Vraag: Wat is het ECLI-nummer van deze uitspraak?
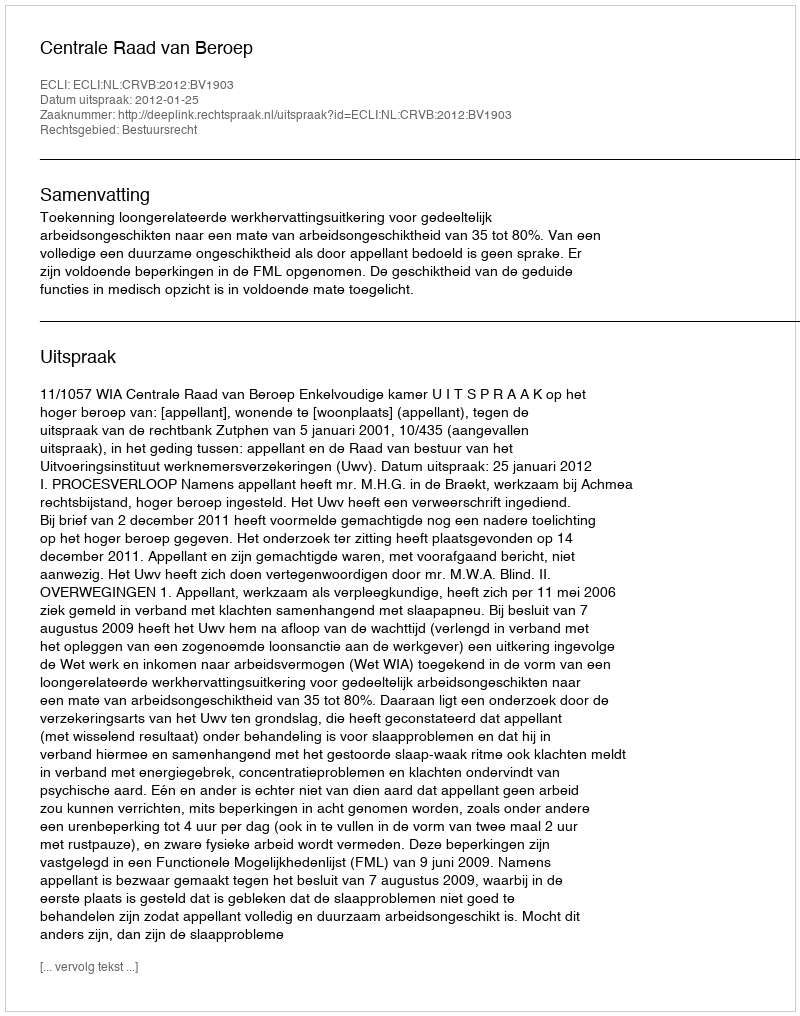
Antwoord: ECLI:NL:CRVB:2012:BV1903